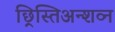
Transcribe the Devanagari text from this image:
छ्रिस्तिअन्शव्न